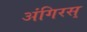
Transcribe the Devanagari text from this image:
अंगिरस्‌